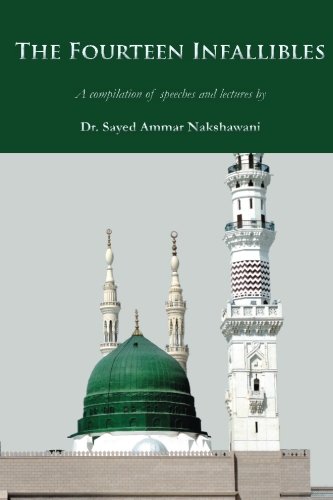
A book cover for The Fourteen Infallibles: A Compilation of Speeches and Lectures; Sayed Ammar Nakshawani; Religion & Spirituality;